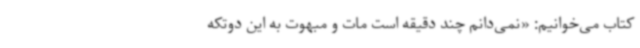
کتاب می‌خوانیم: «نمی‌دانم چند دقیقه است مات و مبهوت به این دوتکه